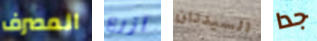
المصرف أزرع السيدتان جدا